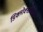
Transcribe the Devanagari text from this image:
डिक्लोक्सासिलिन